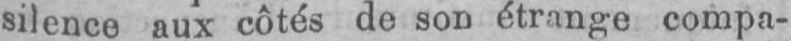
silence aux côtés de son étrange compa-